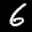
Label: 6